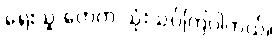
ရေးသူ တွေက သုံးသပ်ကြပါတယ်။